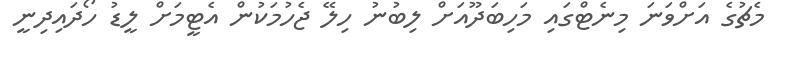
މެޗުގެ އަށްވަނަ މިނެޓްގައި މަހިބަދޫއަށް ލިބުނު ހިލޭ ޖެހުމަކުން އެޓީމަށް ލީޑު ހޯދައިދިނީ